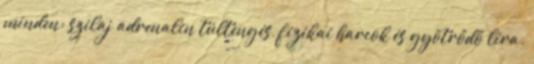
minden: szilaj adrenalin túltengés, fizikai harcok és gyötrődő líra.